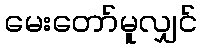
မေးတော်မူလျှင်